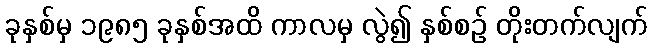
ခုနှစ်မှ ၁၉၈၅ ခုနှစ်အထိ ကာလမှ လွဲ၍ နှစ်စဉ် တိုးတက်လျက်